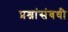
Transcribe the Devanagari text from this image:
प्रश्नांसंबधी